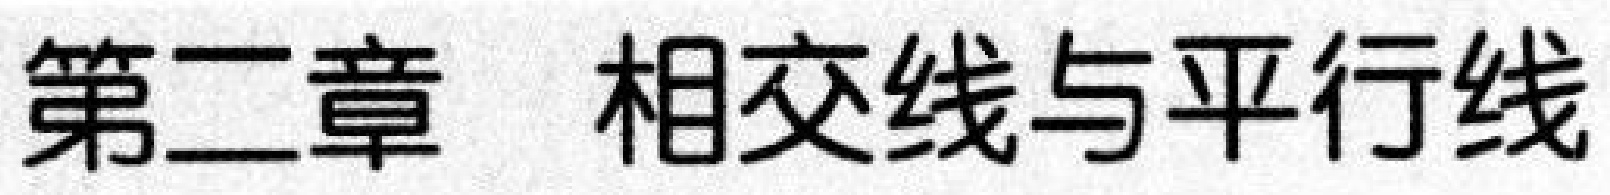
第二章  相交线与平行线